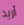
أريد